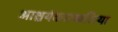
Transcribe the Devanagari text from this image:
आश्चर्यकारकरित्या